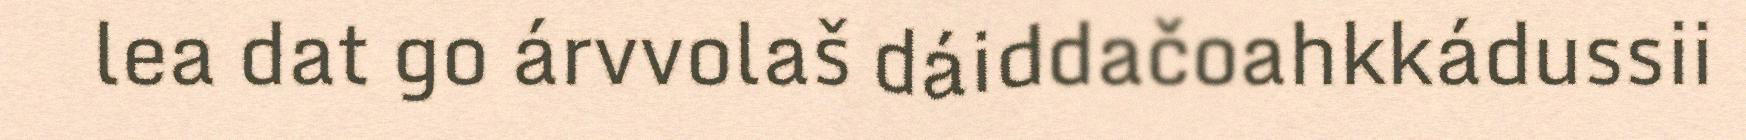
lea dat go árvvolaš dáiddačoahkkádussii